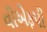
વીએફપી